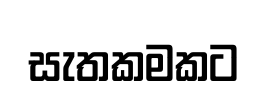
සැතකමකට